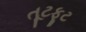
તૂટફૂટ